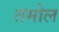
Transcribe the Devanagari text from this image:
तमोल